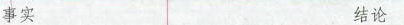
事实 结论